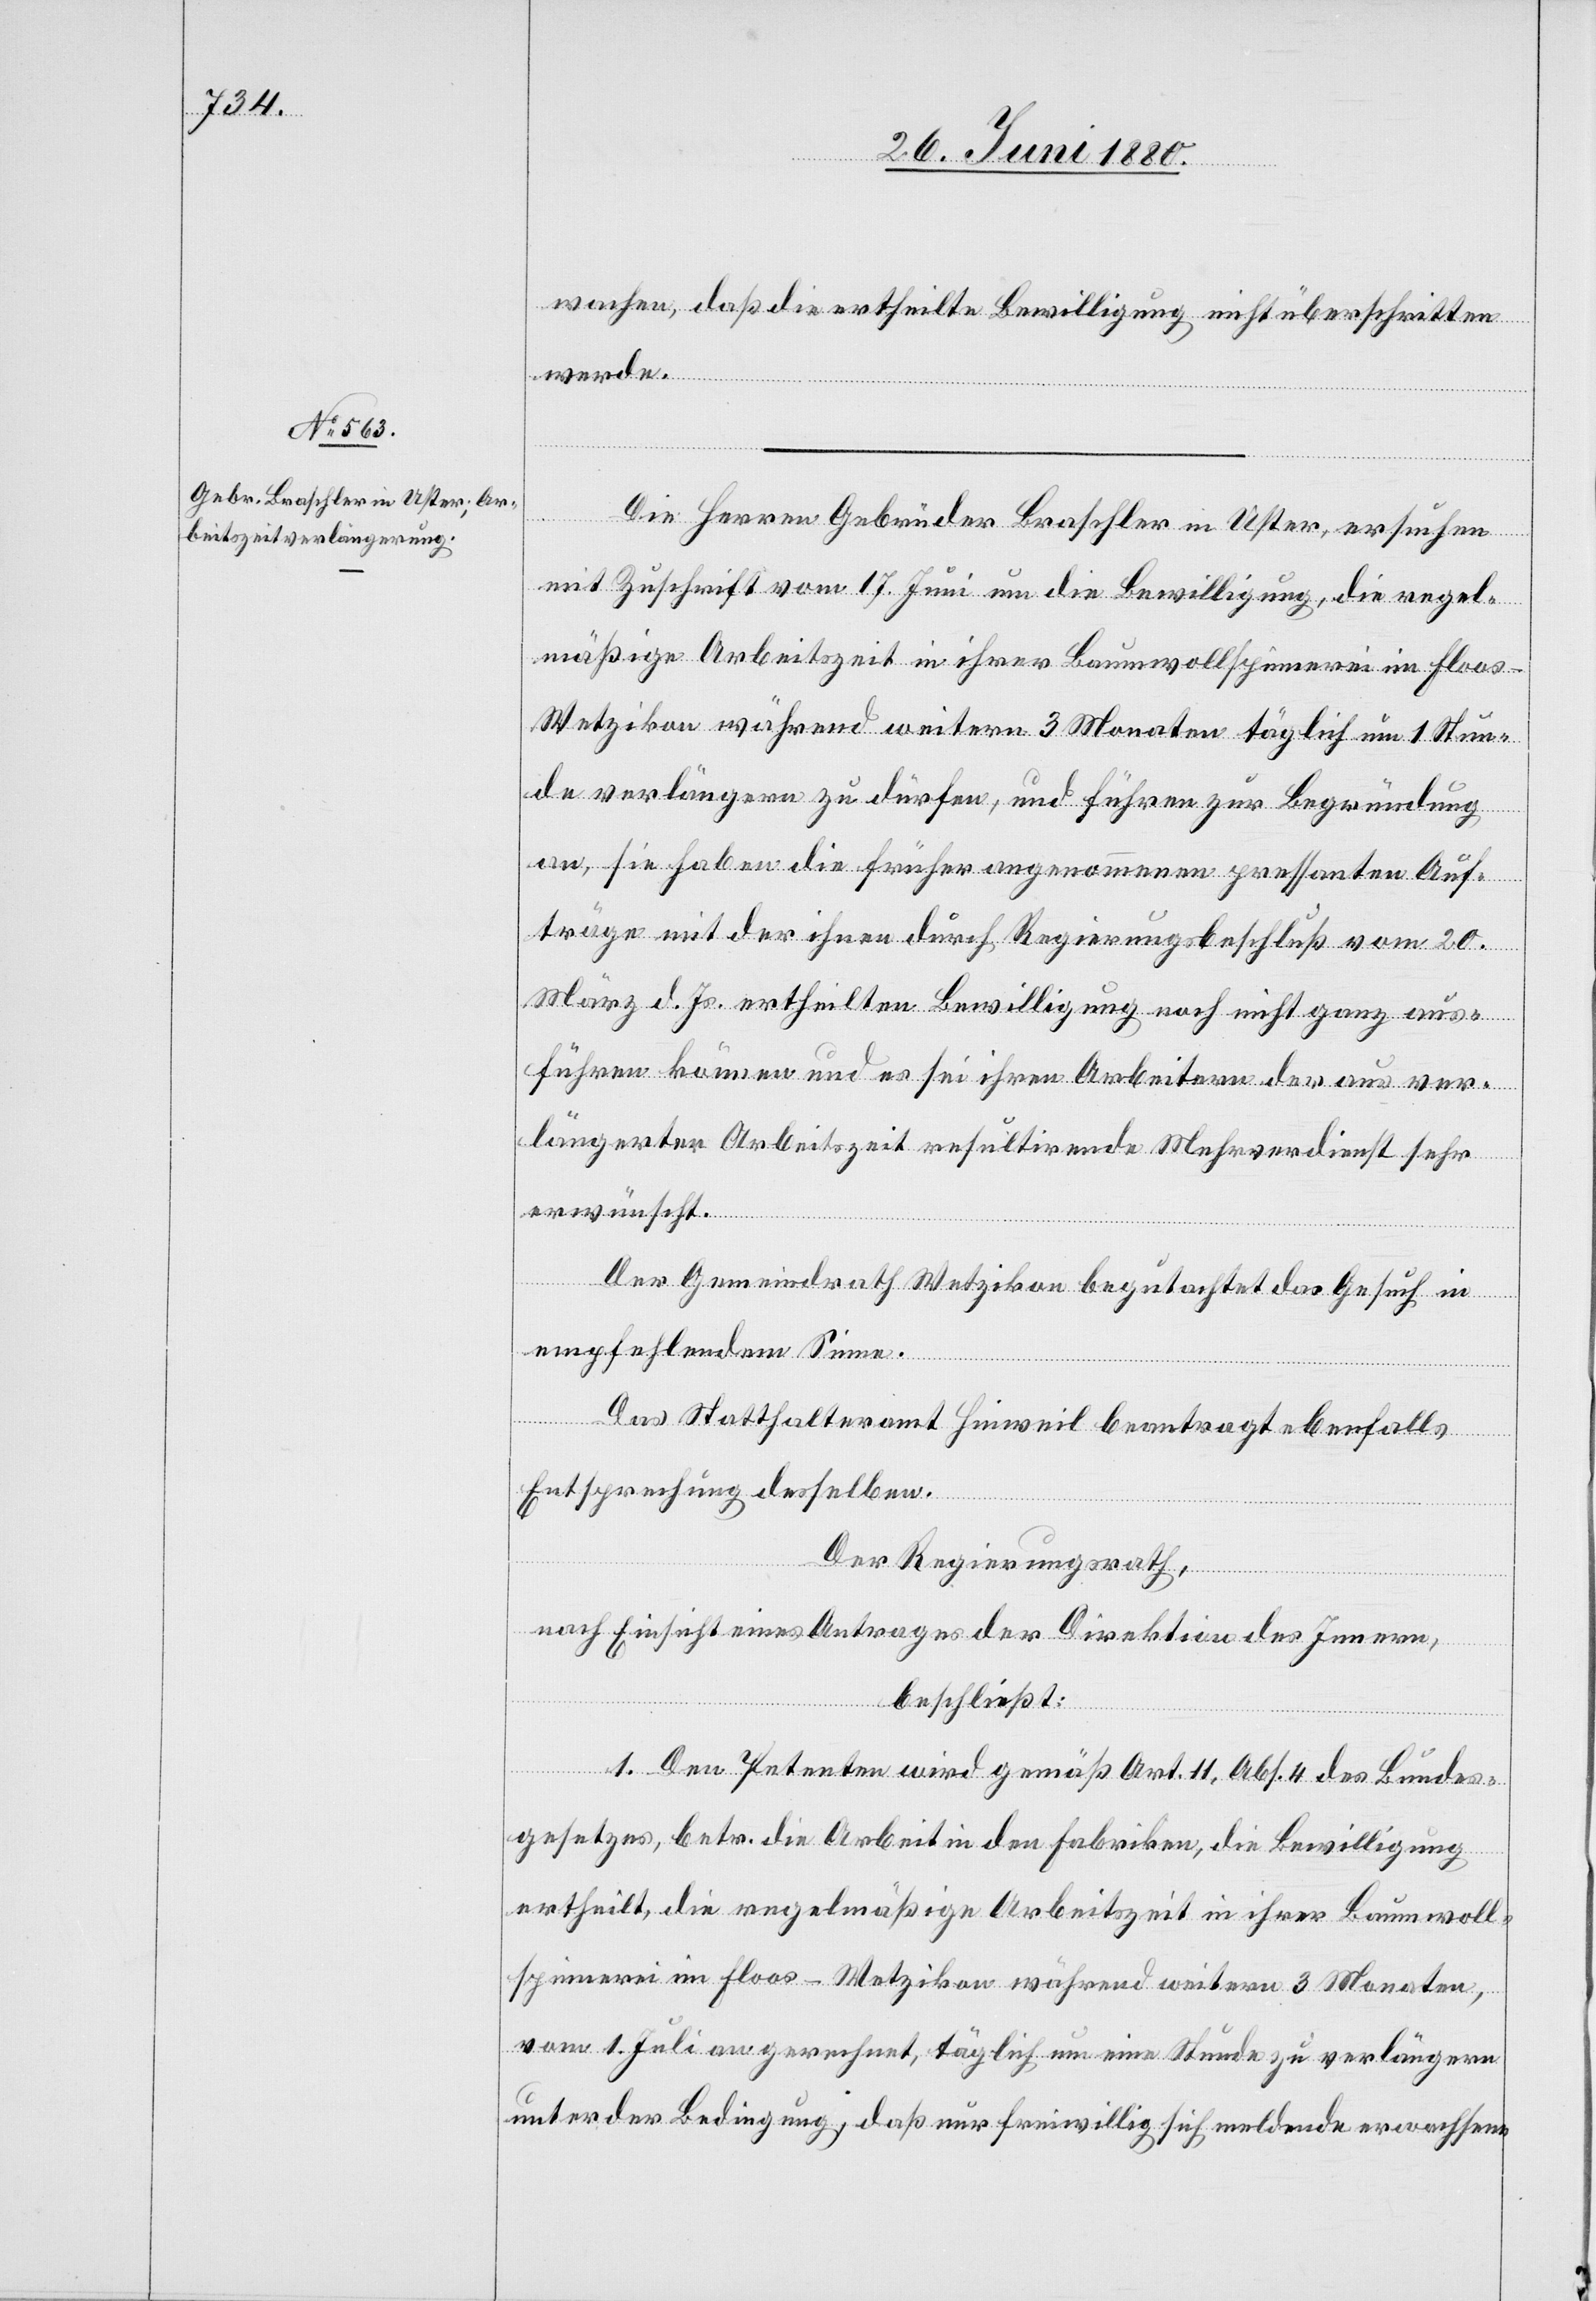
wachen, daß die ertheilte Bewilligung nicht überschritten
werde.
Die Herren Gebrüder Braschler in Uster, ersuchen
mit Zuschrift vom 17. Juni um die Bewilligung, die regel¬
mäßige Arbeitszeit in ihrer Baumwollspinnerei in Floos
Wetzikon während weitern 3 Monaten täglich um 1 Stun¬
de verlängern zu dürfen, und führen zur Begründung
an, sie haben die früher angenommenen pressanten Auf¬
träge mit der ihnen durch Regierungsbeschluß vom 20.
März d. Js. ertheilten Bewilligung noch nicht ganz aus¬
führen können und es sei ihren Arbeitern der aus ver¬
längerter Arbeitszeit resultirende Mehrverdienst sehr
erwünscht.
Der Gemeindrath Wetzikon begutachtet das Gesuch in
empfehlendem Sinne.
Das Statthalteramt Hinweil beantragt ebenfalls
Entsprechung desselben.
Der Regierungsrath,
nach Einsicht eines Antrages der Direktion des Innern,
beschließt:
1. Den Petenten wird gemäß Art. 11, Abs. 4 des Bundes¬
gesetzes, betr. die Arbeit in den Fabriken, die Bewilligung
ertheilt, die regelmäßige Arbeitszeit in ihrer Baumwoll¬
spinnerei in Floos - Wetzikon während weitern 3 Monaten,
vom 1. Juli an gerechnet, täglich um eine Stunde zu verlängern,
unter der Bedingung, daß nur freiwillig sich meldende erwachsene